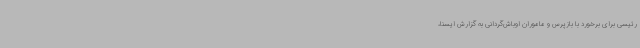
رئیسی برای برخورد با بازپرس و ماموران اوباش‌گردانی به گزارش ایسنا،